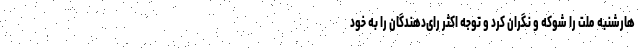
هارشنبه ملت را شوکه و نگران کرد و توجه اکثر رای‌دهندگان را به خود